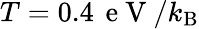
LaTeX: {T=0.4\, \mathrm{~e~V~}/k_{\mathrm{B}}}